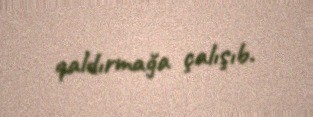
qaldırmağa çalışıb.